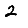
Digit: 2